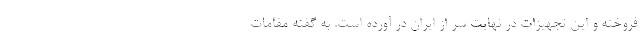
فروخته و این تجهیزات در نهایت سر از ایران در آورده است. به گفته مقامات